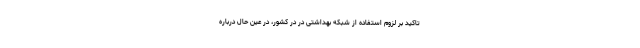
تاکید بر لزوم استفاده از شبکه بهداشتی در در کشور، در عین حال درباره